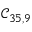
\mathcal { C } _ { 3 5 , 9 }